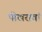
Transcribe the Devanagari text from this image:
पोखरावां